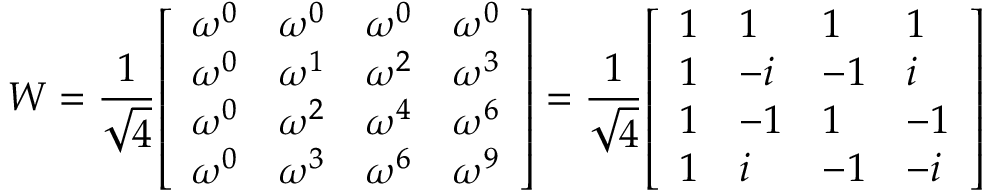
W = { \frac { 1 } { \sqrt { 4 } } } { \left[ \begin{array} { l l l l } { \omega ^ { 0 } } & { \omega ^ { 0 } } & { \omega ^ { 0 } } & { \omega ^ { 0 } } \\ { \omega ^ { 0 } } & { \omega ^ { 1 } } & { \omega ^ { 2 } } & { \omega ^ { 3 } } \\ { \omega ^ { 0 } } & { \omega ^ { 2 } } & { \omega ^ { 4 } } & { \omega ^ { 6 } } \\ { \omega ^ { 0 } } & { \omega ^ { 3 } } & { \omega ^ { 6 } } & { \omega ^ { 9 } } \end{array} \right] } = { \frac { 1 } { \sqrt { 4 } } } { \left[ \begin{array} { l l l l } { 1 } & { 1 } & { 1 } & { 1 } \\ { 1 } & { - i } & { - 1 } & { i } \\ { 1 } & { - 1 } & { 1 } & { - 1 } \\ { 1 } & { i } & { - 1 } & { - i } \end{array} \right] }